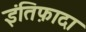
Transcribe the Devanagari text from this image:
इंतिफ़ादा